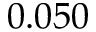
0 . 0 5 0